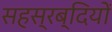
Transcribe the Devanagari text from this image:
सहस्रब्दियों